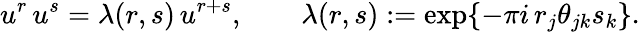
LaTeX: u^{r}\, u^{s}=\lambda(r,s)\, u^{r+s},\qquad\lambda(r,s):=\exp\{ -\pi i\, r_{j}\theta_{jk}s_{k}\} .